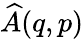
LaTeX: \widehat{A}(q,p)